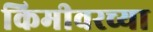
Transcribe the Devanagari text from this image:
किमीवरच्या